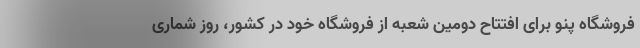
فروشگاه پنو برای افتتاح دومین شعبه از فروشگاه خود در کشور، روز شماری